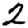
Digit: 2